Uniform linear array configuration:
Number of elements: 48
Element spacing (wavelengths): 0.5
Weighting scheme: kaiser
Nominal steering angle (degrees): -45
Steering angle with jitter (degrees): -46.696
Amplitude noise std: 0.05
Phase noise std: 0.05

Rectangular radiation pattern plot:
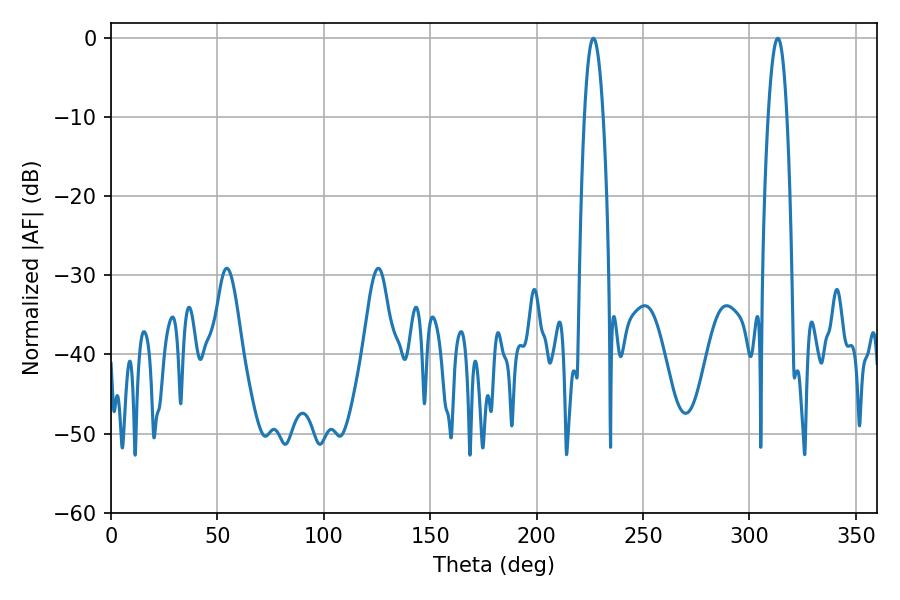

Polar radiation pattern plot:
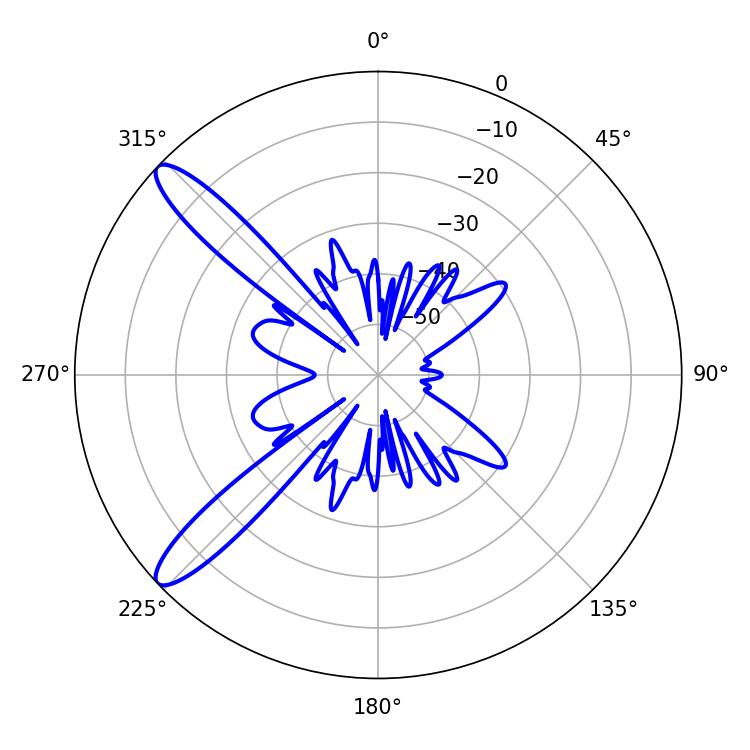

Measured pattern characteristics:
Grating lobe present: FALSE
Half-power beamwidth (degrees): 4.86
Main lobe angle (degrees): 226.62